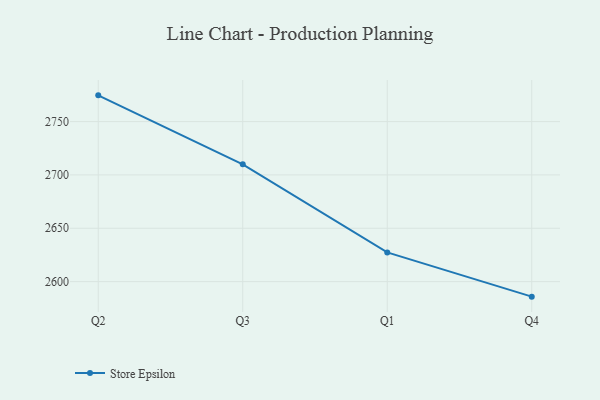
{"axis": {"x": "Quarter", "y": "Budget (USD K)"}, "legend": ["Store Epsilon"], "data": [{"x": "Q2", "y": 2774.6, "type": "Store Epsilon"}, {"x": "Q3", "y": 2709.9, "type": "Store Epsilon"}, {"x": "Q1", "y": 2627.4, "type": "Store Epsilon"}, {"x": "Q4", "y": 2585.9, "type": "Store Epsilon"}]}